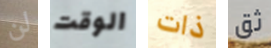
لن الوقت ذات ثق